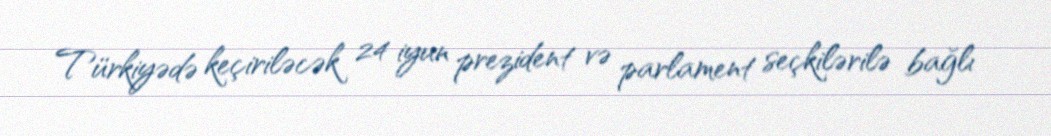
Türkiyədə keçiriləcək 24 iyun prezident və parlament seçkilərilə bağlı